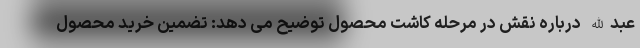
عبدالله درباره نقش در مرحله کاشت محصول توضیح می دهد: تضمین خرید محصول